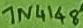
Text: 1N4148